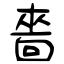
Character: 嗇